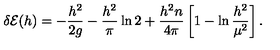
\delta { \cal E } ( h ) = - { \frac { h ^ { 2 } } { 2 g } } - { \frac { h ^ { 2 } } { \pi } } \ln 2 + { \frac { h ^ { 2 } n } { 4 \pi } } \left[ 1 - \ln { \frac { h ^ { 2 } } { \mu ^ { 2 } } } \right] .